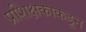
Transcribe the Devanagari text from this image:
प्रशिक्षकाकडून